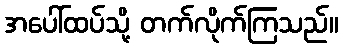
အပေါ်ထပ်သို့ တက်လိုက်ကြသည်။